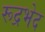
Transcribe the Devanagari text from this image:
रूद्रभेद